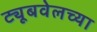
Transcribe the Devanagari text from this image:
ट्यूबवेलच्या